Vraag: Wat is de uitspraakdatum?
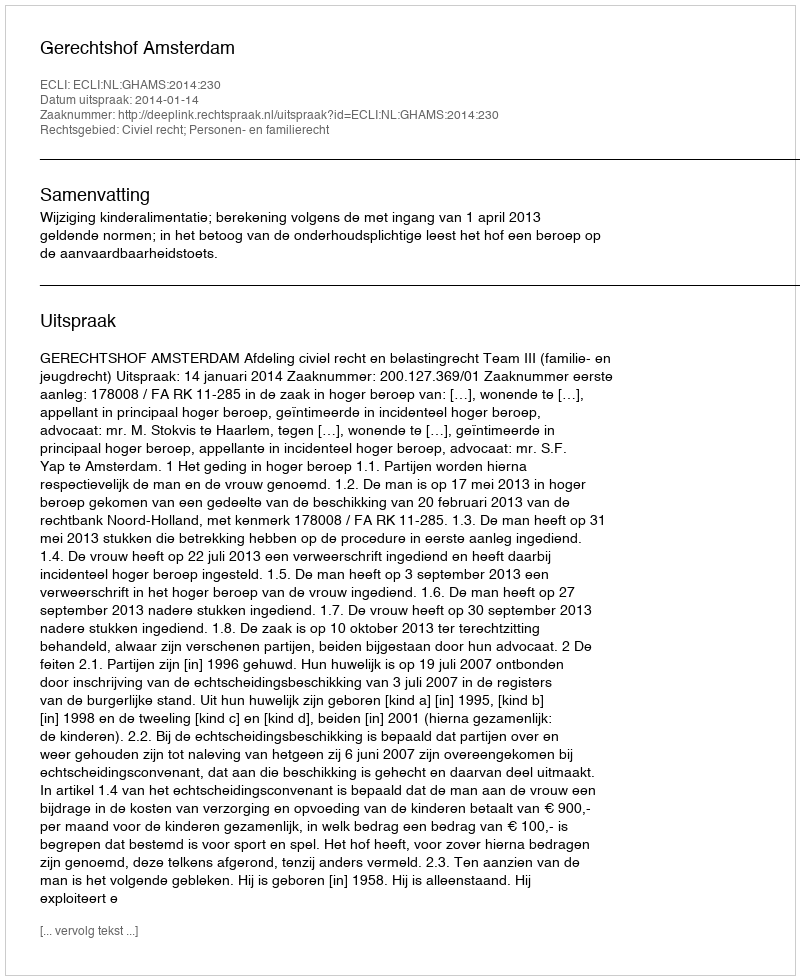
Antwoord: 2014-01-14